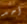
أحد